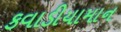
કવાડીયામાન